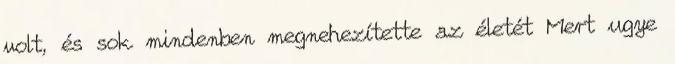
volt, és sok mindenben megnehezítette az életét Mert ugye